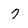
Character: 7